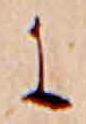
に